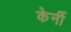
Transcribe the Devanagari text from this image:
केर्नी